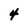
Character: 4